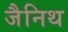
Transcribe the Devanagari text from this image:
जैनिथ